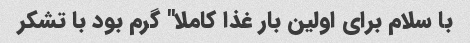
با سلام برای اولین بار غذا کاملا" گرم بود با تشکر